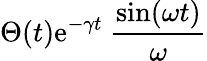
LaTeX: \Theta(t)\mathrm{e}^{-\gamma t}~{\frac{\sin(\omega t)}{\omega}}